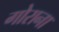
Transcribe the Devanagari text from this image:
गोराना